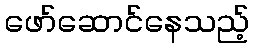
ဖော်ဆောင်နေသည့်